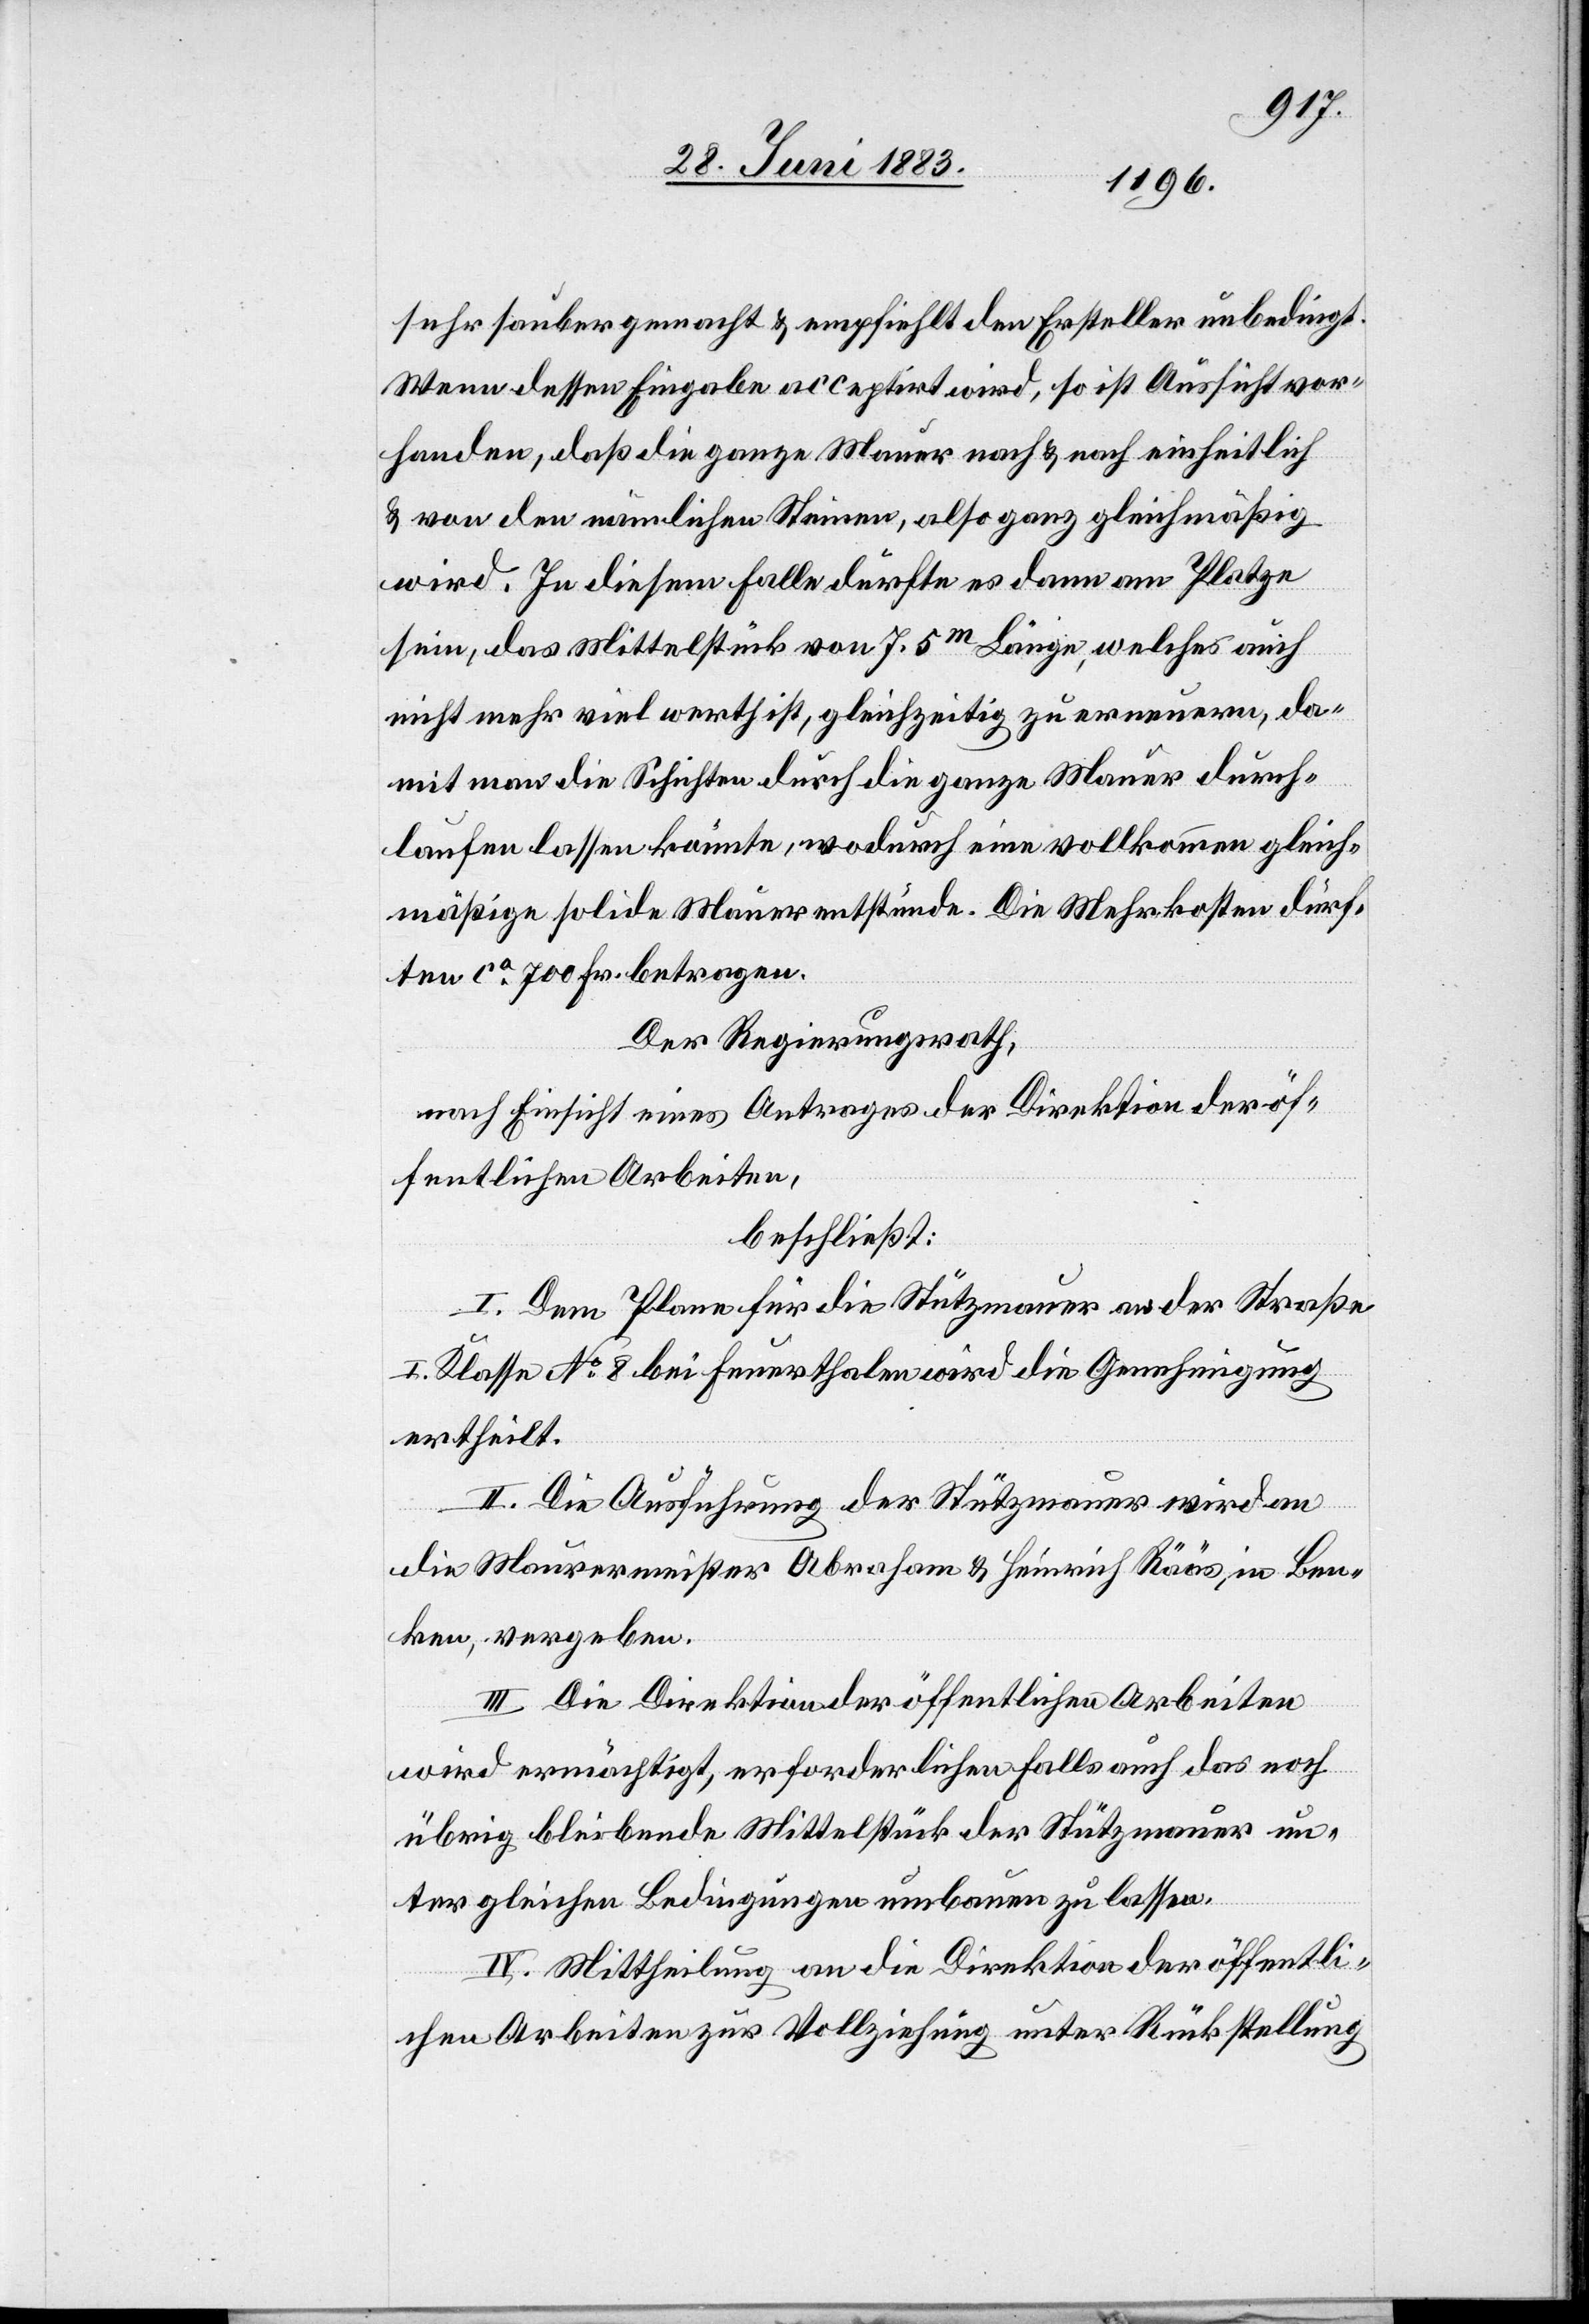
sehr sauber gemacht & empfiehlt den Ersteller unbedingt.
Wenn dessen Eingabe acceptirt wird, so ist Aussicht vor¬
handen, daß die ganze Mauer nach & nach einheitlich
& von den nämlichen Steinen, also ganz gleichmäßig
wird. In diesem Falle dürfte es dann am Platze
sein, das Mittelstück von 7.5m Länge, welches auch
nicht mehr viel werth ist, gleichzeitig zu erneuern, da¬
mit man die Schichten durch die ganze Mauer durch¬
laufen lassen könnte, wodurch eine vollkommene gleich¬
mäßige solide Mauer entstünde. Die Mehrkosten dürf¬
ten ca 700 Fr. betragen.
Der Regierungsrath,
nach Einsicht eines Antrages der Direktion der öf¬
fentlichen Arbeiten,
beschließt:
I. Dem Plane für die Stützmauer an der Straße
I. Klasse No 8 bei Feuerthalen wird die Genehmigung
ertheilt.
II. Die Ausführung der Stützmauer wird an
die Maurermeister Abraham & Heinrich Rääs, in Ben¬
ken, vergeben.
III. Die Direktion der öffentlichen Arbeiten
wird ermächtigt, erforderlichen Falls auch das noch
übrig bleibende Mittelstück der Stützmauer un¬
ter gleichen Bedingungen umbauen zu lassen.
IV. Mittheilung an die Direktion der öffentli¬
chen Arbeiten zur Vollziehung unter Rückstellung